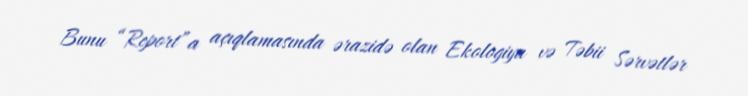
Bunu “Report”a açıqlamasında ərazidə olan Ekologiya və Təbii Sərvətlər